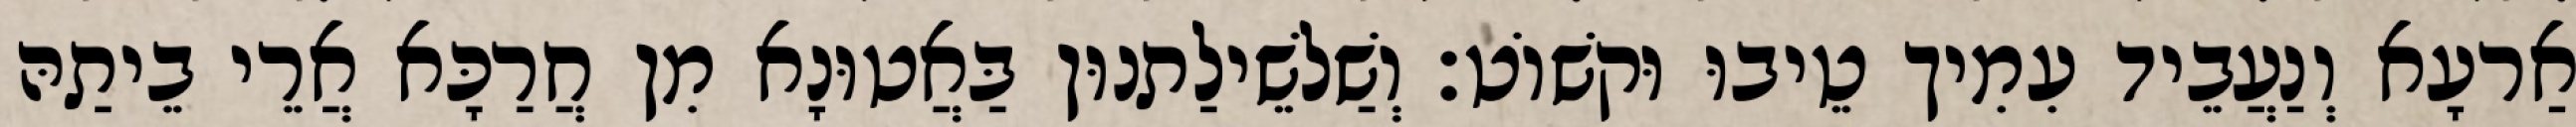
אַרעָא וְנַעֲבֵיד עִמִיך טֵיבוּ וּקשׁוֹט׃ וְשַׁלשֵׁילַתנוּן בַּאֲטוּנָא מִן חֲרַכָּא אֲרֵי בֵיתַהּ